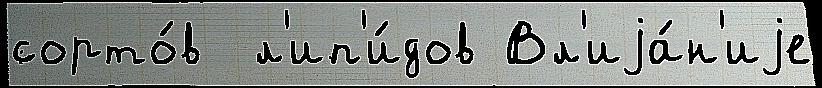
сорто́в  л'ип'и́дов Вл'иjа́н'иjе